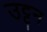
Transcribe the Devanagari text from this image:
उट्टन